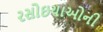
રસોઇયાઓની